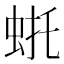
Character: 𫊴